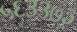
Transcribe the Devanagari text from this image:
५६३३७२